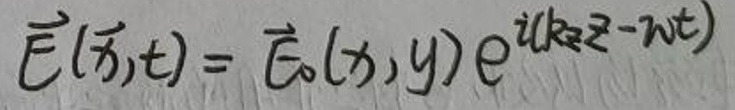
$\vec{E}(\vec{r},t)=\vec{E}_0(x,y)e^{i(k_zz - \omega t)}$